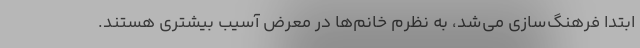
ابتدا فرهنگ‌سازی می‌شد، به نظرم خانم‌ها در معرض آسیب بیشتری هستند.